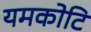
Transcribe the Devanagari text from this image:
यमकोटि